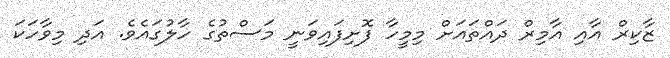
ޒާކިރް އާއި އާމިރް ދައްތައަށް މިމީހާ ފޮށިފައިވަނީ މަސްތުގެ ހާލުގައެވެ. އަދި މިވާހަކަ